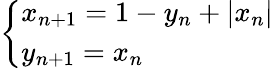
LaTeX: \left\{ \begin{array}{ll}{x_{n+1}=1-y_{n}+|x_{n}|}\\ {y_{n+1}=x_{n}}\end{array}\right.